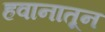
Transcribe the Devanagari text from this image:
हवानातून